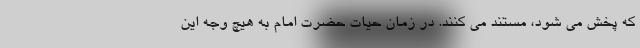
که پخش می شود، مستند می کنند. در زمان حیات حضرت امام به هیچ وجه این